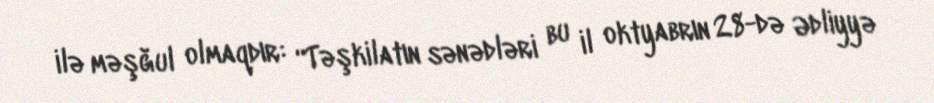
ilə məşğul olmaqdır: “Təşkilatın sənədləri bu il oktyabrın 28-də Ədliyyə